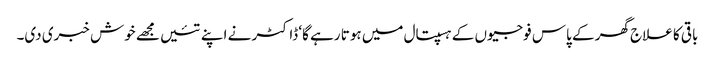
باقی کا علاج گھر کے پاس فوجیوں کے ہسپتال میں ہوتا رہے گا‘ ڈاکٹر نے اپنے تئیں مجھے خوش خبری دی۔